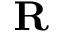
\mathbf { R }